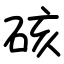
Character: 硋